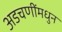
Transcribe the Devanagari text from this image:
अडचणींमधुन